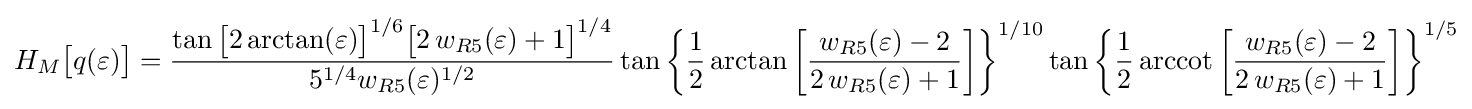
H_{M}{\bigl [}q(\varepsilon ){\bigr ]}={\frac {\tan {\bigl [}2\arctan(\varepsilon ){\bigr ]}^{1/6}{\bigl [}2\,w_{R5}(\varepsilon )+1{\bigr ]}^{1/4}}{5^{1/4}w_{R5}(\varepsilon )^{1/2}}}\tan {\biggl \{}{\frac {1}{2}}\arctan {\biggl [}{\frac {w_{R5}(\varepsilon )-2}{2\,w_{R5}(\varepsilon )+1}}{\biggr ]}{\biggr \}}^{1/10}\tan {\biggl \{}{\frac {1}{2}}\operatorname {arccot} {\biggl [}{\frac {w_{R5}(\varepsilon )-2}{2\,w_{R5}(\varepsilon )+1}}{\biggr ]}{\biggr \}}^{1/5}